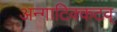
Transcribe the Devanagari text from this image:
अन्गाटिक्कटव्